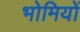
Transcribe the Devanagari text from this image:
भोमियों